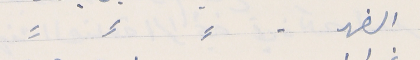
الضهر -      ⸗        ⸗        ⸗